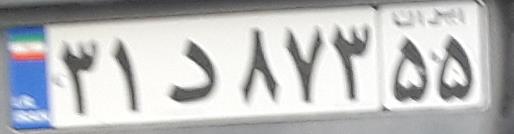
۳۱د۸۷۳۵۵